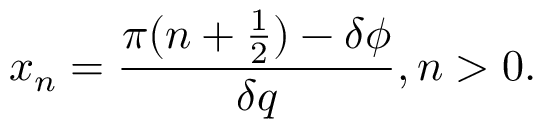
x _ { n } = \frac { \pi ( n + \frac { 1 } { 2 } ) - \delta \phi } { \delta q } , n > 0 .